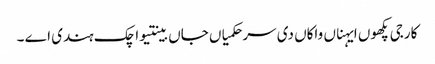
کارجی پکھوں ایہناں واکاں دی سر حکمیاں جاں بینتیواچک ہندی اے ۔